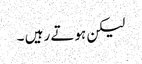
لیکن ہوتے رہیں ۔